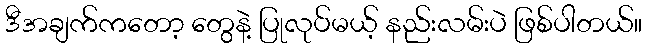
ဒီအချက်ကတော့ တွေနဲ့ ပြုလုပ်မယ့် နည်းလမ်းပဲ ဖြစ်ပါတယ်။